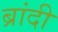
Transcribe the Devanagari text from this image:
ब्रांदी